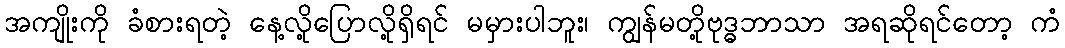
အကျိုးကို ခံစားရတဲ့ နေ့လို့ပြောလို့ရှိရင် မမှားပါဘူး၊ ကျွန်မတို့ဗုဒ္ဓဘာသာ အရဆိုရင်တော့ ကံ